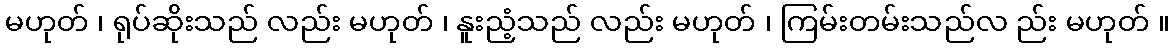
မဟုတ် ၊ ရုပ်ဆိုးသည် လည်း မဟုတ် ၊ နူးညံ့သည် လည်း မဟုတ် ၊ ကြမ်းတမ်းသည်လ ည်း မဟုတ် ။